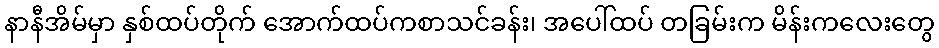
နာနီအိမ်မှာ နှစ်ထပ်တိုက် အောက်ထပ်ကစာသင်ခန်း၊ အပေါ်ထပ် တခြမ်းက မိန်းကလေးတွေ